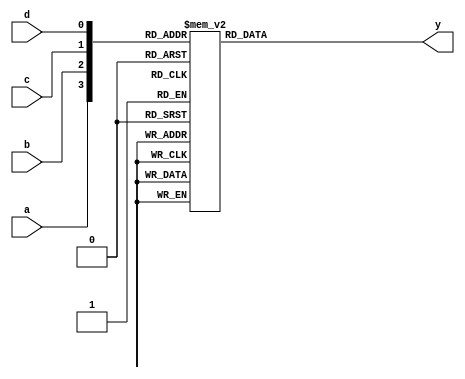
module ap_com_4_index_0(
	input wire a,
	input wire b,
	input wire c,
	input wire d,
	output reg y
);

always @(*) begin
	case({a, b, c, d})
		4'b0000: y = 0;
		4'b0001: y = 0;
		4'b0010: y = 1;
		4'b0011: y = 0;
		4'b0100: y = 0;
		4'b0101: y = 0;
		4'b0110: y = 0;
		4'b0111: y = 0;
		4'b1000: y = 0;
		4'b1001: y = 0;
		4'b1010: y = 0;
		4'b1011: y = 0;
		4'b1100: y = 0;
		4'b1101: y = 0;
		4'b1110: y = 0;
		4'b1111: y = 0;
		default:;
	endcase
end

endmodule


module ap_com_4_index_1(
	input wire a,
	input wire b,
	input wire c,
	input wire d,
	output reg y
);

always @(*) begin
	case({a, b, c, d})
		4'b0000: y = 0;
		4'b0001: y = 0;
		4'b0010: y = 1;
		4'b0011: y = 1;
		4'b0100: y = 0;
		4'b0101: y = 0;
		4'b0110: y = 1;
		4'b0111: y = 1;
		4'b1000: y = 0;
		4'b1001: y = 0;
		4'b1010: y = 1;
		4'b1011: y = 1;
		4'b1100: y = 0;
		4'b1101: y = 0;
		4'b1110: y = 1;
		4'b1111: y = 1;
		default:;
	endcase
end

endmodule


module ap_com_3_index_2(
	input wire a,
	input wire b,
	input wire c,
	output reg y
);

always @(*) begin
	case({a, b, c})
		3'b000: y = 0;
		3'b001: y = 0;
		3'b010: y = 0;
		3'b011: y = 0;
		3'b100: y = 0;
		3'b101: y = 0;
		3'b110: y = 0;
		3'b111: y = 0;
		default:;
	endcase
end

endmodule


module ap_com_2_index_3(
	input wire a,
	input wire b,
	output reg y
);

always @(*) begin
	case({a, b})
		2'b00: y = 1;
		2'b01: y = 1;
		2'b10: y = 1;
		2'b11: y = 1;
		default:;
	endcase
end

endmodule